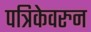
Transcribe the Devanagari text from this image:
पत्रिकेवरुन